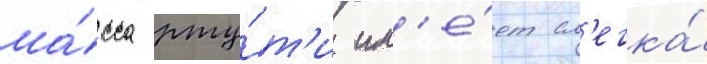
ма́сса рту́т'и им'е́ет сл'егка́